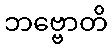
ဘဗ္ဗောတိ